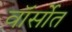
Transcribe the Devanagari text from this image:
वॉर्सोत